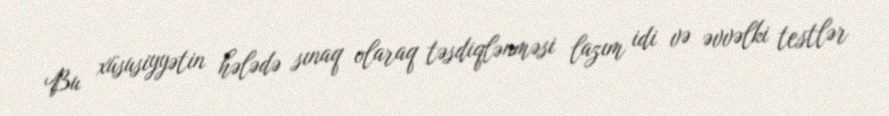
Bu xüsusiyyətin hələdə sınaq olaraq təsdiqlənməsi lazım idi və əvvəlki testlər